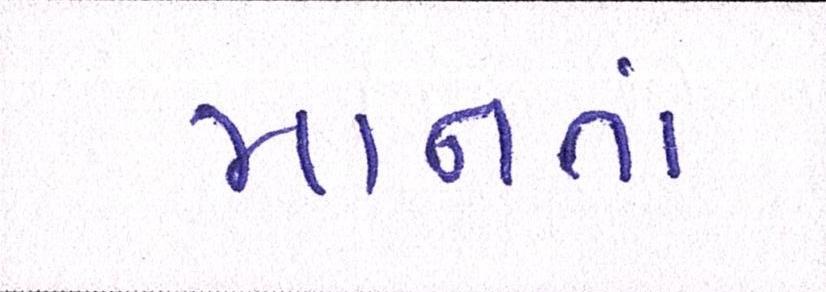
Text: માનતાં